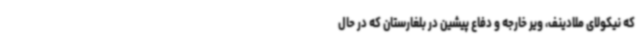
که نیکولای ملادینف، ویر خارجه و دفاع پیشین در بلغارستان که در حال